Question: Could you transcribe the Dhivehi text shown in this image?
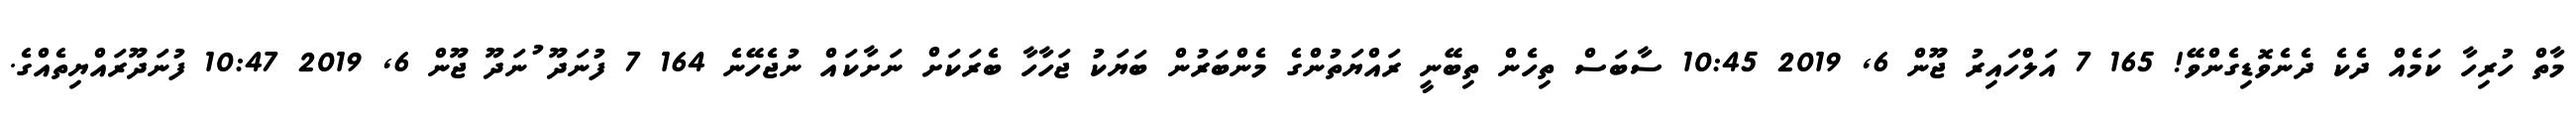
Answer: މާތް ހުރިހާ ކަމެއް ދެކެ ދެނެވޮޑިގެންވޭ! 165 7 އަލްހައިރު ޖޫން 6, 2019 10:45 ސާބަސް ތިހެން ތިބޭނީ ރައްޔަތުންގެ މެންބަރުން ބަޔަކު ޖަހާހާ ބެރަކަށް ނަށާކައް ނުޖެހޭނެ 164 7 ފުނަދޫ ުނަދޫ ޖޫން 6, 2019 10:47 ފުނަދޫރައްޔިތެއްގެ.